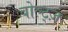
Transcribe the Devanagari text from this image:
बोल्ट्ज़